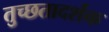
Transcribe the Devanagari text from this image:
तुच्छतादर्शक